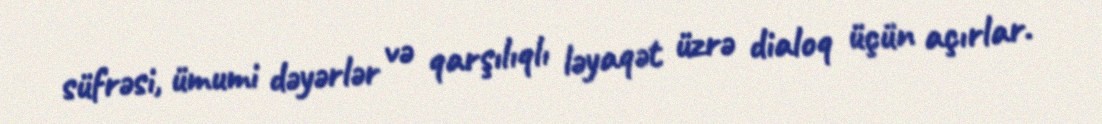
süfrəsi, ümumi dəyərlər və qarşılıqlı ləyaqət üzrə dialoq üçün açırlar.